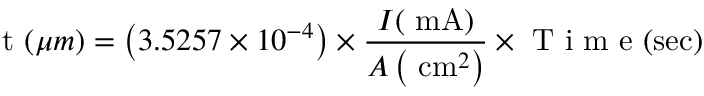
\mathrm { ~ t ~ } ( \mu m ) = \left( 3 . 5 2 5 7 \times 1 0 ^ { - 4 } \right) \times \frac { I ( \mathrm { ~ m A } ) } { A \left( \mathrm { ~ c m } ^ { 2 } \right) } \times \mathrm { ~ T ~ i ~ m ~ e ~ } ( \mathrm { s e c } )